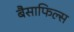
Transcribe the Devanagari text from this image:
बैसाफिल्स